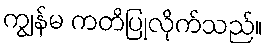
ကျွန်မ ကတိပြုလိုက်သည်။